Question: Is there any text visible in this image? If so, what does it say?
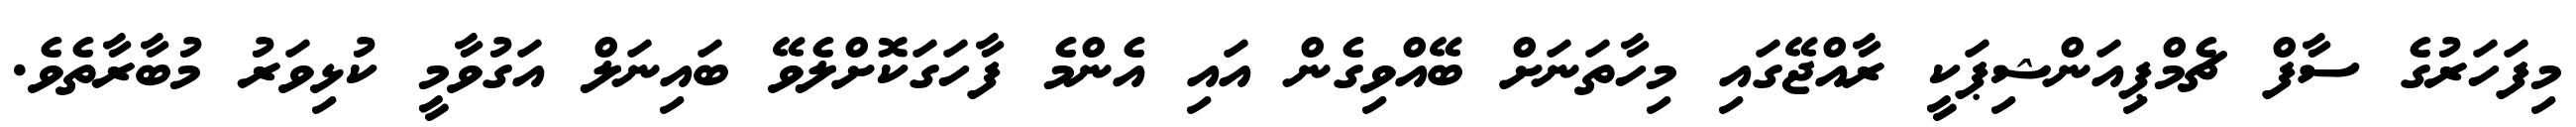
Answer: މިފަހަރުގެ ސާފް ޗެމްޕިއަންޝިޕަކީ ރާއްޖޭގައި މިހާތަނަށް ބޭއްވިގެން އައި އެންމެ ފާހަގަކޮށްލެވޭ ބައިނަލް އަގުވާމީ ކުޅިވަރު މުބާރާތެވެ.